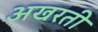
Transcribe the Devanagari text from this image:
अखरती